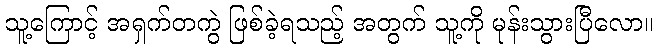
သူ့ကြောင့် အရှက်တကွဲ ဖြစ်ခဲ့ရသည့် အတွက် သူ့ကို မုန်းသွားပြီလော။